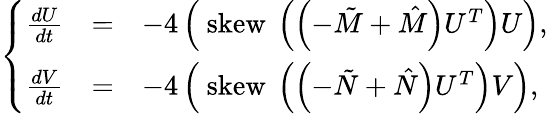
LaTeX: \left\{ \begin{array}{ccl}{\frac{dU}{dt}}&{=}&{-4\left(\mathrm{~skew~}\left(\left(-\tilde{M}+\hat{M}\right)U^{T}\right)U\right),}\\ {\frac{dV}{dt}}&{=}&{-4\left(\mathrm{~skew~}\left(\left(-\tilde{N}+\hat{N}\right)U^{T}\right)V\right),}\end{array}\right.